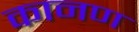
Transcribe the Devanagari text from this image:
कानण